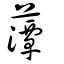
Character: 藫